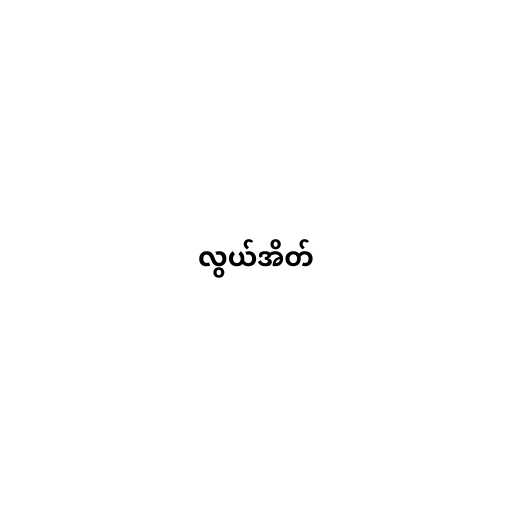
လွယ်အိတ်